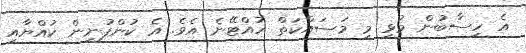
އެ ހިސާބުން މުޅި މި މަސައްކަތް ހުއްޓޭނެ އެވެ. އެ ކުންފުނިން ކުއްޔާއި